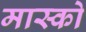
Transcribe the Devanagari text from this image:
मास्‍को